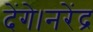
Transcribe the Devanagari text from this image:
देंगे।नरेंद्र